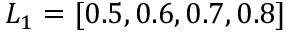
L _ { 1 } = [ 0 . 5 , 0 . 6 , 0 . 7 , 0 . 8 ]